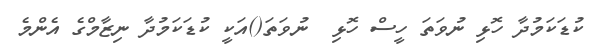
ކުޑަކަމުދާ ހޮޅި ނުވަތަ ހީސް ހޮޅި  ނުވަތަ()އަކީ ކުޑަކަމުދާ ނިޒާމްގެ އެންމެ